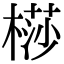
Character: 𣘡